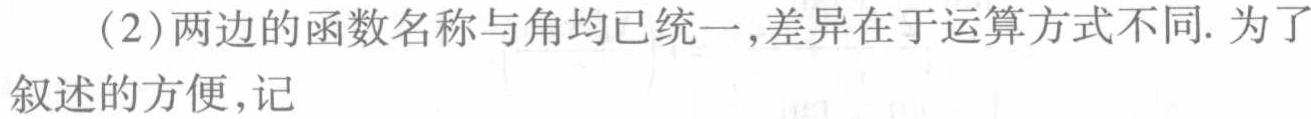
（2）两边的函数名称与角均已统一,差异在于运算方式不同. 为了叙述的方便,记